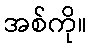
အစ်ကို။